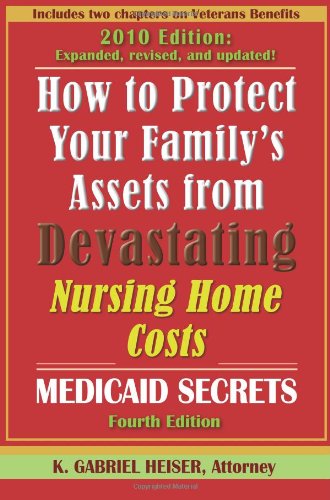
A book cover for How to Protect Your Family's Assets from Devastating Nursing Home Costs: Medicaid Secrets (4th edition); K. Gabriel Heiser; Medical Books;